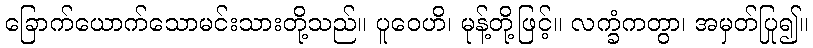
ခြောက်ယောက်သောမင်းသားတို့သည်။ ပူဝေဟိ၊ မုန့်တို့ဖြင့်။ လက္ခံကတွာ၊ အမှတ်ပြု၍။